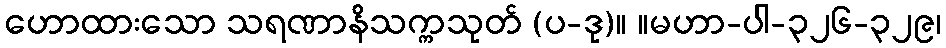
ဟောထားသော သရဏာနိသက္ကသုတ် (ပ-ဒု)။ ။မဟာ-ပါ-၃၂၆-၃၂၉၊